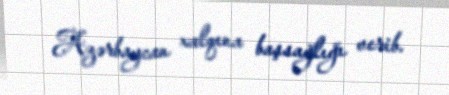
Azərbaycan xalqına başsağlığı verib.